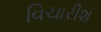
વિચારીશ